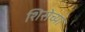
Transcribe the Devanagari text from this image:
शिसेच्या